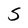
Character: S